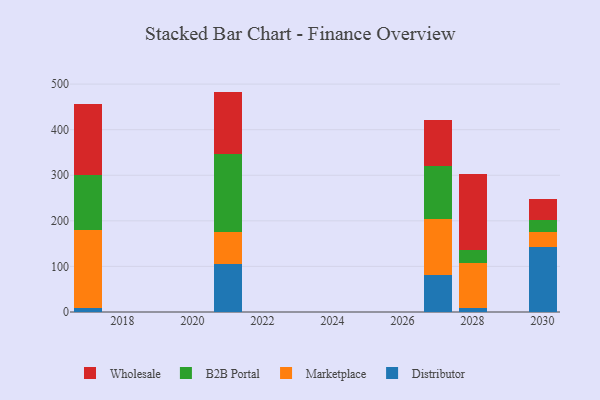
{"axis": {"x": "Year", "y": "Energy Usage (MWh)"}, "legend": ["B2B Portal", "Distributor", "Marketplace", "Wholesale"], "data": [{"x": "2027", "y": 80.8, "type": "Distributor"}, {"x": "2027", "y": 122.8, "type": "Marketplace"}, {"x": "2027", "y": 116.5, "type": "B2B Portal"}, {"x": "2027", "y": 100.9, "type": "Wholesale"}, {"x": "2028", "y": 8.5, "type": "Distributor"}, {"x": "2028", "y": 99.4, "type": "Marketplace"}, {"x": "2028", "y": 27.3, "type": "B2B Portal"}, {"x": "2028", "y": 167.4, "type": "Wholesale"}, {"x": "2017", "y": 9.0, "type": "Distributor"}, {"x": "2017", "y": 171.9, "type": "Marketplace"}, {"x": "2017", "y": 119.7, "type": "B2B Portal"}, {"x": "2017", "y": 155.8, "type": "Wholesale"}, {"x": "2021", "y": 105.6, "type": "Distributor"}, {"x": "2021", "y": 70.3, "type": "Marketplace"}, {"x": "2021", "y": 170.7, "type": "B2B Portal"}, {"x": "2021", "y": 136.9, "type": "Wholesale"}, {"x": "2030", "y": 143.0, "type": "Distributor"}, {"x": "2030", "y": 33.4, "type": "Marketplace"}, {"x": "2030", "y": 25.5, "type": "B2B Portal"}, {"x": "2030", "y": 47.0, "type": "Wholesale"}]}